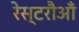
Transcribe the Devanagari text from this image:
रेस्टरौआँ